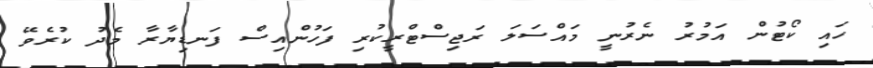
ހައި ކޯޓުން އަމުރު ނެރުނީ މައްސަލަ ރަޖިސްޓްރީކުރި ފަހުންއިސް ފަނޑިޔާރާ މެދު ކުރެވޭ